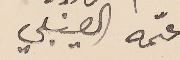
عىّمه العينبلي